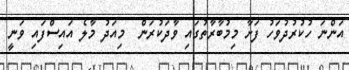
އަންނަ ހުކުރުދުވަހު ފަށާ މިމުބާރާތުގައި ވާދަކުރަން  މިއަދު މާލެ އައިސްފައި ވަނީ